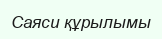
Саяси құрылымы